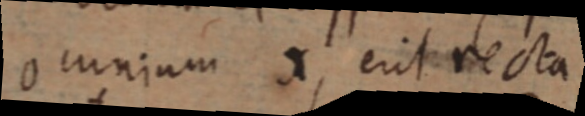
omnium x, erit recta